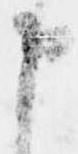
申